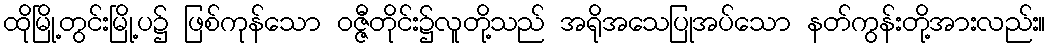
ထိုမြို့တွင်းမြို့ပ၌ ဖြစ်ကုန်သော ဝဇ္ဇီတိုင်း၌လူတို့သည် အရိုအသေပြုအပ်သော နတ်ကွန်းတို့အားလည်း။